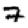
Digit: 7